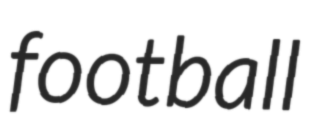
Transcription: football